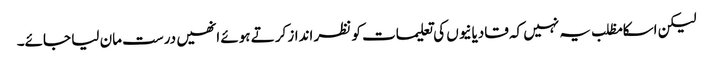
لیکن اسکا مظلب یہ نہیں کہ قادیانیوں کی تعلیمات کو نظر انداز کرتے ہوئے انھیں درست مان لیا جائے۔